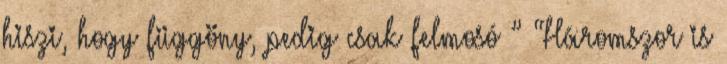
hiszi, hogy függöny, pedig csak felmosó ” “Háromszor is